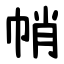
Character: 帩